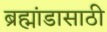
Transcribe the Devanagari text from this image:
ब्रह्मांडासाठी